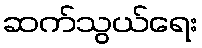
ဆက်သွယ်ရေး